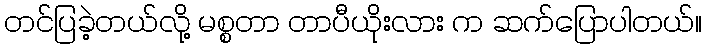
တင်ပြခဲ့တယ်လို့ မစ္စတာ တာပီယိုးလား က ဆက်ပြောပါတယ်။